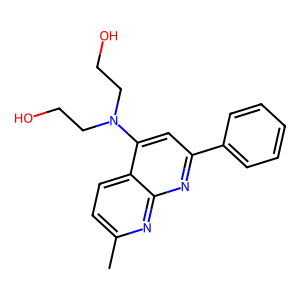
SMILES: Cc1ccc2c(N(CCO)CCO)cc(-c3ccccc3)nc2n1
Inhibits HIV replication: No